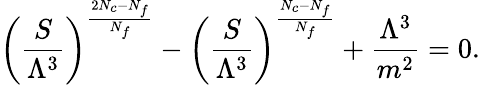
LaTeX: \biggl(\frac{S}{\Lambda^{3}}\biggr)^{\frac{2N_{c}-N_{f}}{N_{f}}}-\biggl(\frac{S}{\Lambda^{3}}\biggr)^{\frac{N_{c}-N_{f}}{N_{f}}}+\frac{\Lambda^{3}}{m^{2}}=0.